Indian Civil Veterinary Department memoirs
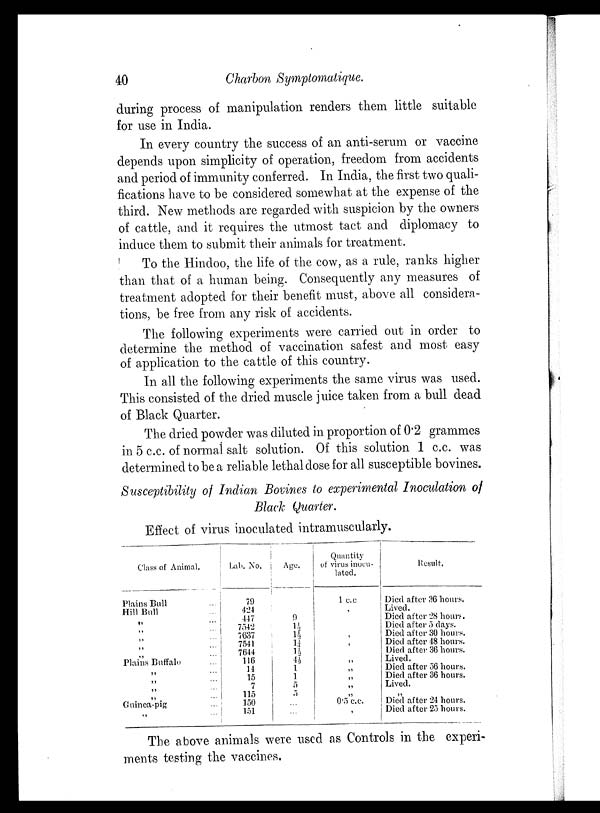
40
Charbon Symptomatique.
during process of manipulation renders them little suitable
for use in India.
In every country the success of an anti-serum or vaccine
depends upon simplicity of operation, freedom from accidents
and period of immunity conferred. In India, the first two quali-
fications have to be considered somewhat at the expense of the
third. New methods are regarded with suspicion by the owners
of cattle, and it requires the utmost tact and diplomacy to
induce them to submit their animals for treatment.
To the Hindoo, the life of the cow, as a rule, ranks higher
than that of a human being. Consequently any measures of
treatment adopted for their benefit must, above all considera-
tions, be free from any risk of accidents.
The following experiments were carried out in order to
determine the method of vaccination safest and most easy
of application to the cattle of this country.
In all the following experiments the same virus was used.
This consisted of the dried muscle juice taken from a bull dead
of Black Quarter.
The dried powder was diluted in proportion of 0.2 grammes
in 5 c.c. of normal salt solution. Of this solution 1 c.c. was
determined to be a reliable lethal dose for all susceptible bovines.
Susceptibility of Indian Bovines to experimental Inoculation of
Black Quarter.
Effect of virus inoculated intramuscularly.
Class of Animal.
Plains Bull ...
Hill Bull ...
„ ...
„ ...
„ ...
„ ...
„ ...
Plains Buffalo ...
„ ...
„ ...
„ ...
„ ...
Guinea-pig ...
„ ...
Lab. No.
79
424
447
7542
7637
7541
7644
116
14
15
7
115
150
151
Age.
9
1½
1½
1¼
1½
4½
1
1
5
5
...
...
Quantity
of virus inocu-
lated.
1 c.c
,
,
,
„
„
„
„
„
0.5 c.c.
„
Result.
Died after 36 hours.
Lived.
Died after 28 hours.
Died after 5 days.
Died after 30 hours.
Died after 48 hours.
Died after 36 hours.
Lived.
Died after 56 hours.
Died after 36 hours.
Lived.
„
Died after 24 hours.
Died after 25 hours.
The above animals were used as Controls in the experi-
ments testing the vaccines.